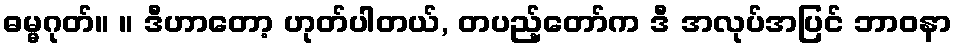
ဓမ္မဂုတ်။ ။ ဒီဟာတော့ ဟုတ်ပါတယ်, တပည့်တော်က ဒီ အလုပ်အပြင် ဘာဝနာ